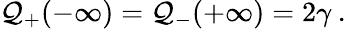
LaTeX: {\cal Q}_{+}(-\infty)={\cal Q}_{-}(+\infty)=2\gamma\: .